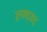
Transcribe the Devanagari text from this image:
ज्ञक्दवद